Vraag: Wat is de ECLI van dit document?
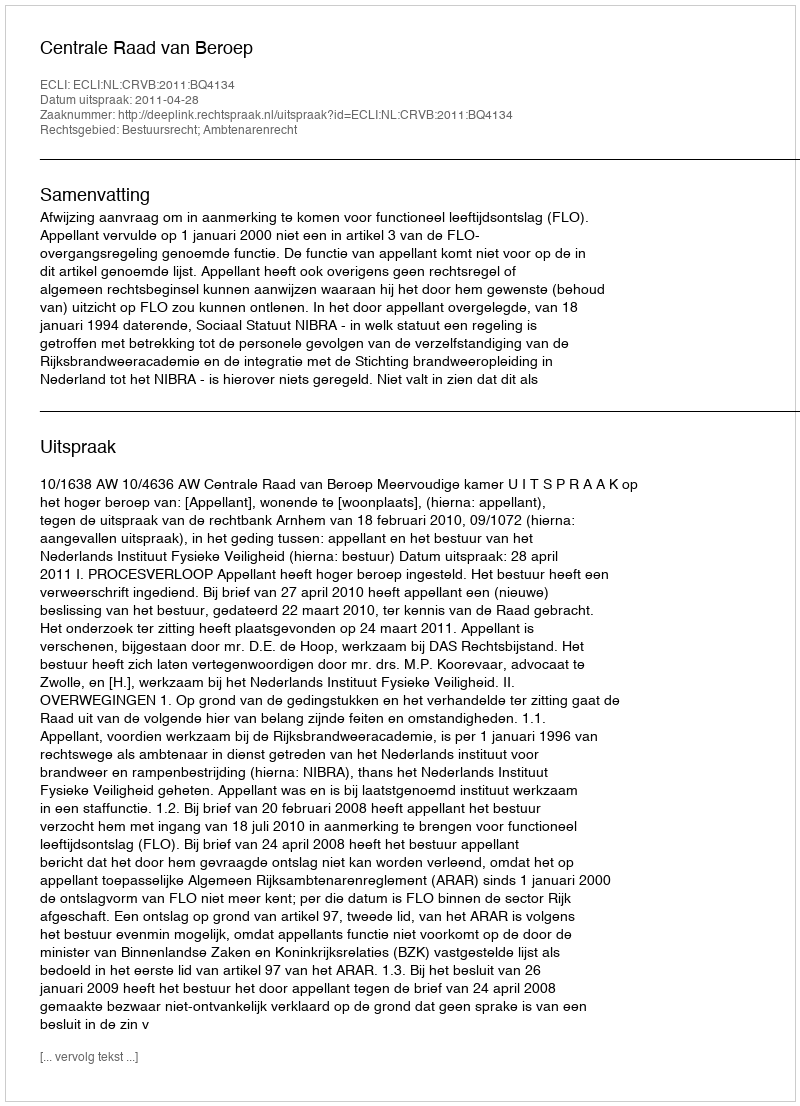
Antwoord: ECLI:NL:CRVB:2011:BQ4134